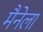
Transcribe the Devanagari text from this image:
मैनेला